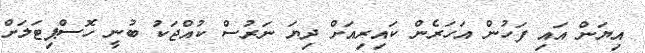
އިޔަން އައި ފަހުން އަހަރެން ކައިރިއަށް ދިޔަ ނަރުސް ކުއްޖަކު ބުނީ ހޮސްޕިޓަލަށް